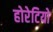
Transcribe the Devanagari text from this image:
होरेटियो